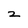
Character: 2